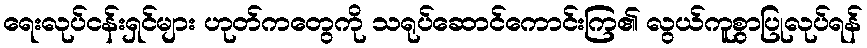
ရေးလုပ်ငန်းရှင်များ ဟုတ်ကတွေကို သရုပ်ဆောင်ကောင်းကြ၏ လွယ်ကူစွာပြုလုပ်ရန်